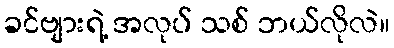
ခင်ဗျားရဲ့ အလုပ် သစ် ဘယ်လိုလဲ။